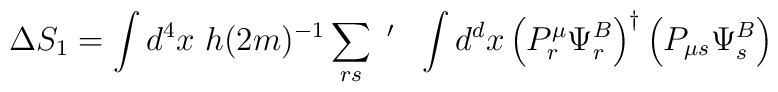
\Delta S_1 = \int d^4 x~h(2m)^{-1} \sum_{rs}~^{\prime}~~\int d^d x \left(P_r^{\mu} \Psi_r^B \right) ^{\dagger} \left( P_{\mu s} \Psi_s^B \right)